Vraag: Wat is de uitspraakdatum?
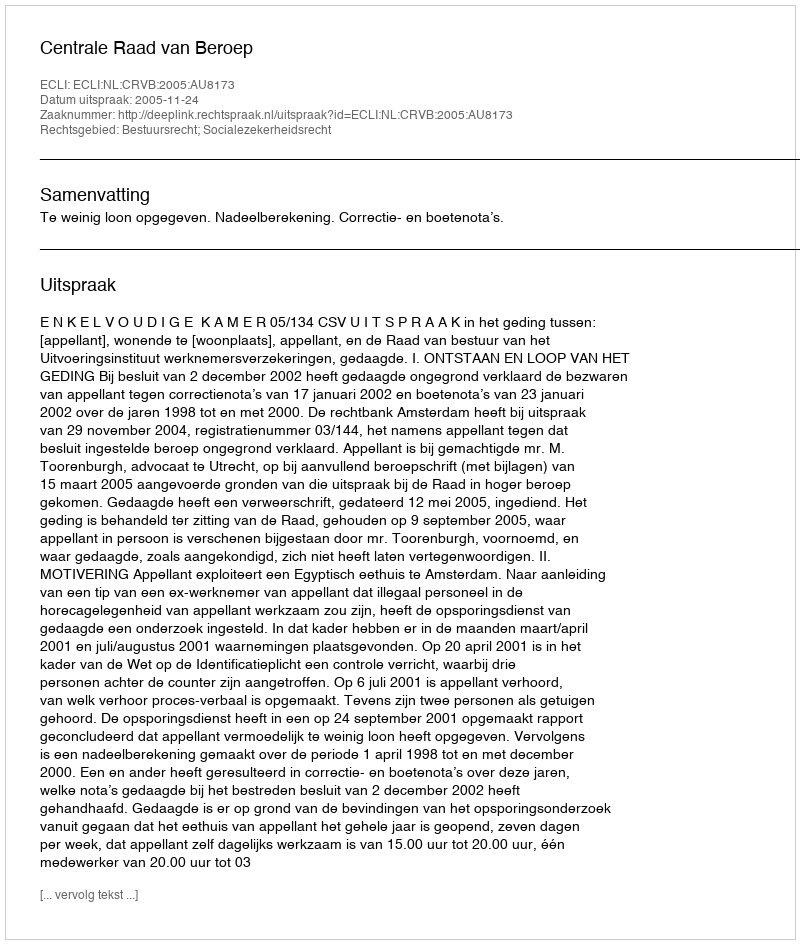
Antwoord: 2005-11-24